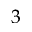
3